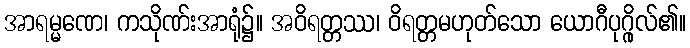
အာရမ္မဏေ၊ ကသိုဏ်းအာရုံ၌။ အဝိရတ္တဿ၊ ဝိရတ္တမဟုတ်သော ယောဂီပုဂ္ဂိုလ်၏။